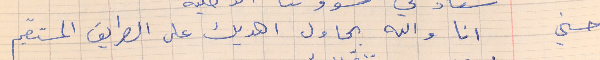
حسني     انا والله بحاول اهديك على الطريق المستقيم